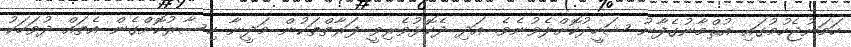
ހަމަނުޖެހުމުގައި އުޘްމާނުގެފާނު ޝަހީދުކޮށްލެވުނެވެ. އަދި ދެކޮޅުވެރިވީ ފަރާތްތަކުން މަދީނާ ހިސާރުކޮށްގެން އެތައް ދުވަހަކު